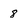
Character: 8